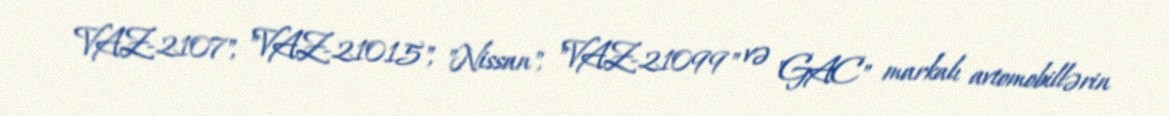
VAZ-2107", "VAZ-21015", "Nissan", "VAZ-21099" və "GAC" markalı avtomobillərin